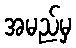
အမည်မှ